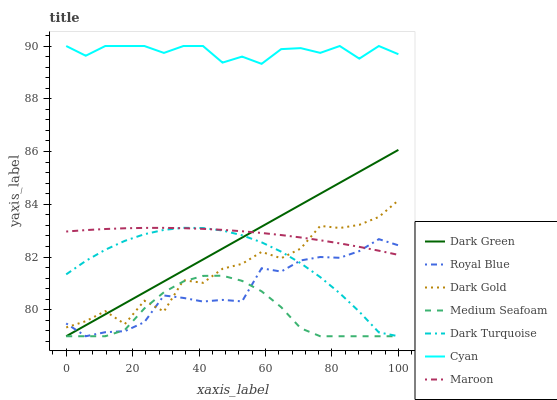
| xaxis_label | Dark Green | Royal Blue | Dark Gold | Medium Seafoam | Dark Turquoise | Cyan | Maroon |
 | --- | --- | --- | --- | --- | --- | --- | --- |
 | 0 | 79 | 79.5 | 79.3 | 79 | 81.3 | 90 | 83 |
 | 5.88 | 79.4 | 79 | 79.6 | 79 | 81.9 | 89.6 | 83 |
 | 11.8 | 79.8 | 79.2 | 80 | 79 | 82.3 | 90 | 83.1 |
 | 17.6 | 80.2 | 79.2 | 79.5 | 79.2 | 82.6 | 90 | 83.1 |
 | 23.5 | 80.7 | 79.5 | 80.3 | 80.1 | 82.9 | 90 | 83.1 |
 | 29.4 | 81.1 | 80.5 | 79.9 | 80.7 | 83 | 89.7 | 83.1 |
 | 35.3 | 81.5 | 80.5 | 81.1 | 81.1 | 83.1 | 90 | 83.1 |
 | 41.2 | 81.9 | 80.3 | 81 | 81.3 | 83.1 | 90 | 83.1 |
 | 47.1 | 82.3 | 80.4 | 81.6 | 81.3 | 83 | 89.4 | 83 |
 | 52.9 | 82.7 | 80.3 | 81.7 | 81.1 | 82.8 | 89.6 | 83 |
 | 58.8 | 83.2 | 81.6 | 82.2 | 80.7 | 82.6 | 89.3 | 82.9 |
 | 64.7 | 83.6 | 81.5 | 82 | 80.1 | 82.2 | 89.9 | 82.8 |
 | 70.6 | 84 | 81.9 | 82.3 | 79.3 | 81.8 | 89.9 | 82.7 |
 | 76.5 | 84.4 | 82 | 83.2 | 79 | 81.2 | 89.7 | 82.6 |
 | 82.4 | 84.8 | 82 | 83.1 | 79 | 80.6 | 90 | 82.5 |
 | 88.2 | 85.2 | 82.2 | 83.2 | 79 | 79.9 | 89.5 | 82.4 |
 | 94.1 | 85.6 | 82.7 | 83.5 | 79 | 79.1 | 90 | 82.2 |
 | 100 | 86.1 | 82.4 | 84.2 | 79 | 79 | 89.7 | 82.1 |